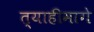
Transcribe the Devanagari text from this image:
त्याहीमागे